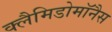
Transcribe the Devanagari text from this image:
क्लैमिडोमॉनैस